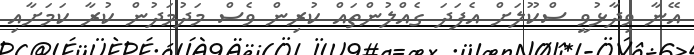
އޭނާ ވިދާޅުވީ ސްކޫލަށް އެފަދަ ގެއްލުންތައް ކުރިން ވެސް މަދުމަދުން ކުރާ ކަމަށާއި